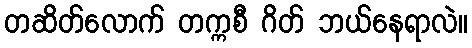
တဆိတ်လောက် တက္ကစီ ဂိတ် ဘယ်နေရာလဲ။